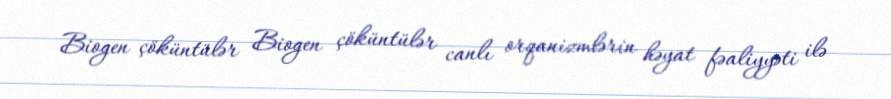
Biogen çöküntülər Biogen çöküntülər canlı orqanizmlərin həyat fəaliyyəti ilə